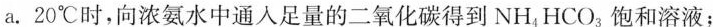
a. 20℃时，向浓氨水中通入足量的二氧化碳得到NH_{4}HCO_{3}饱和溶液；